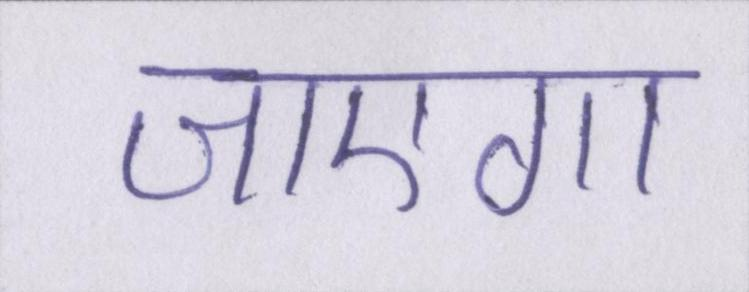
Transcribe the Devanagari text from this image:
जाएगा